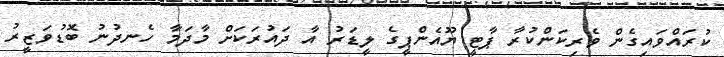
ކުރައްވައިގެން ވެރިކަންކުރާ ޕާޓީ ޔޫއެންޕީގެ ލީޑަރު އާ ދައުރަކަށް މާދަމާ ހެނދުނު ބޮޑުވަޒީރު